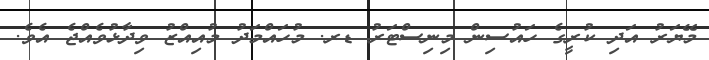
މޭޔަރު އަދި ކުރީގެ ހައުސިން މިނިސްޓަރު ޑރ. މުހައްމަދު މުއިއްޒު ވިދާޅުވެއްޖެ އެވެ.